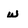
Character: w